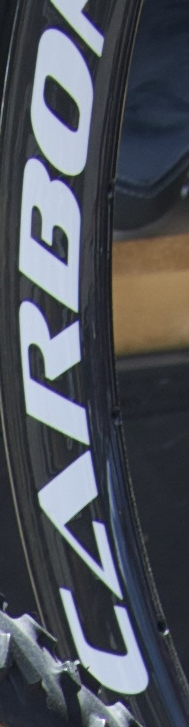
CARBON